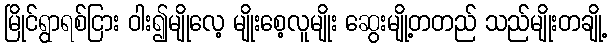
မြိုင်ရွာရစ်ငြား ဝါး၍မျိုလေ့ မျိုးစေ့လူမျိုး ဆွေးမျို့တတည် သည်မျိုးတချို့